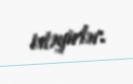
istəyirlər.